Document type: Sale
Year: 1423
Scribe: Joan Franc
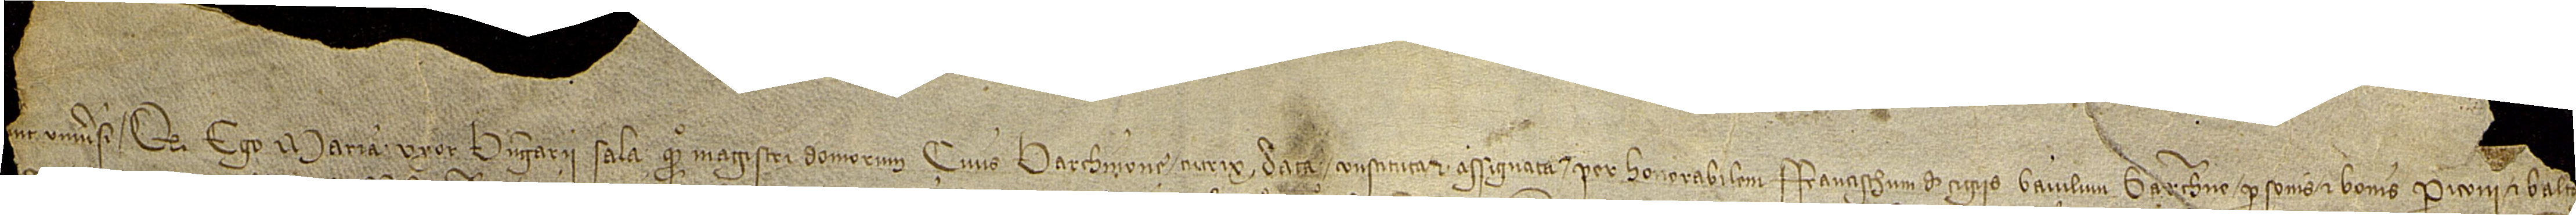
[Noveri]nt  universi quod ego Maria, uxor Berengarii Sala, quondam, magistri domorum, civis Barchinone, trutrix data, constituta et assignata per honorabilem Francischum de Cigiis, baiulum Barchinone, personis et bonis Periconi et Balta[sari, filiorum dictorum Berengarii Sala, quondam, et Marie, prout de ipsa tutela plene con]-